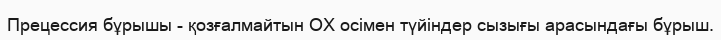
Прецессия бұрышы - қозғалмайтын ОХ осімен түйіндер сызығы арасындағы бұрыш.